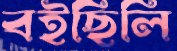
বইছিলি